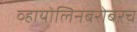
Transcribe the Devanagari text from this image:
व्हायोलिनबरोबरच